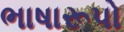
ભાષારૂપો